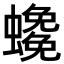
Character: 𧓰